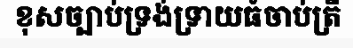
ខុសច្បាប់ទ្រង់ទ្រាយធំចាប់ត្រី